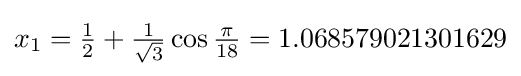
{\textstyle x_{1}={\frac {1}{2}}+{\frac {1}{\sqrt {3}}}\cos {\frac {\pi }{18}}=1.068579021301629}